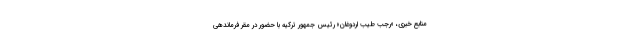
منابع خبری، «رجب طیب اردوغان» رئیس جمهور ترکیه با حضور در مقر فرماندهی